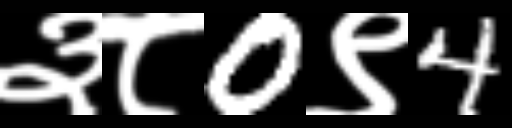
Text: ३८0९4